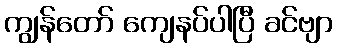
ကျွန်တော် ကျေနပ်ပါပြီ ခင်ဗျာ